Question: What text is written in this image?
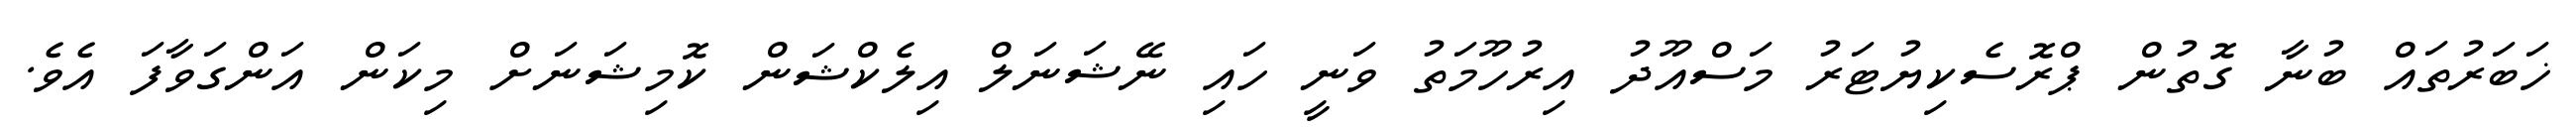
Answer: ޚަބަރުތައް ބުނާ ގޮތުން ޕްރޮސެކިޔުޓަރު މަސްއޫދު އިރުހޫމަތު ވަނީ ހައި ނޭޝަނަލް އިލެކްޝަން ކޮމިޝަނަށް މިކަން އަންގަވާފަ އެވެ.